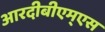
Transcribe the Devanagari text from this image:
आरदीबीएम्एस